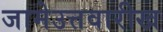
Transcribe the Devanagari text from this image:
जामेउत्तवारीख